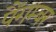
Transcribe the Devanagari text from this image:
पैंगम्‍बर